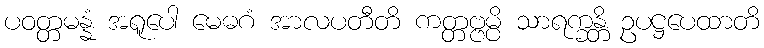
ပဝတ္တမန္နံ အရူပေါ မေဓဂံ အာလပတီတိ ကတ္တဗ္ဗမ္ပိ သာရက္ခန္တိ ဥပဋ္ဌပေထာတိ